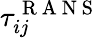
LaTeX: \tau_{ij}^{\mathrm{~R~A~N~S~}}